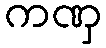
ကဏှ